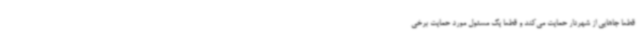
قطعا جاهایی از شهردار حمایت می‌کند و قطعا یک مسئول مورد حمایت برخی